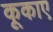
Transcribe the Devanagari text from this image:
कूकाए